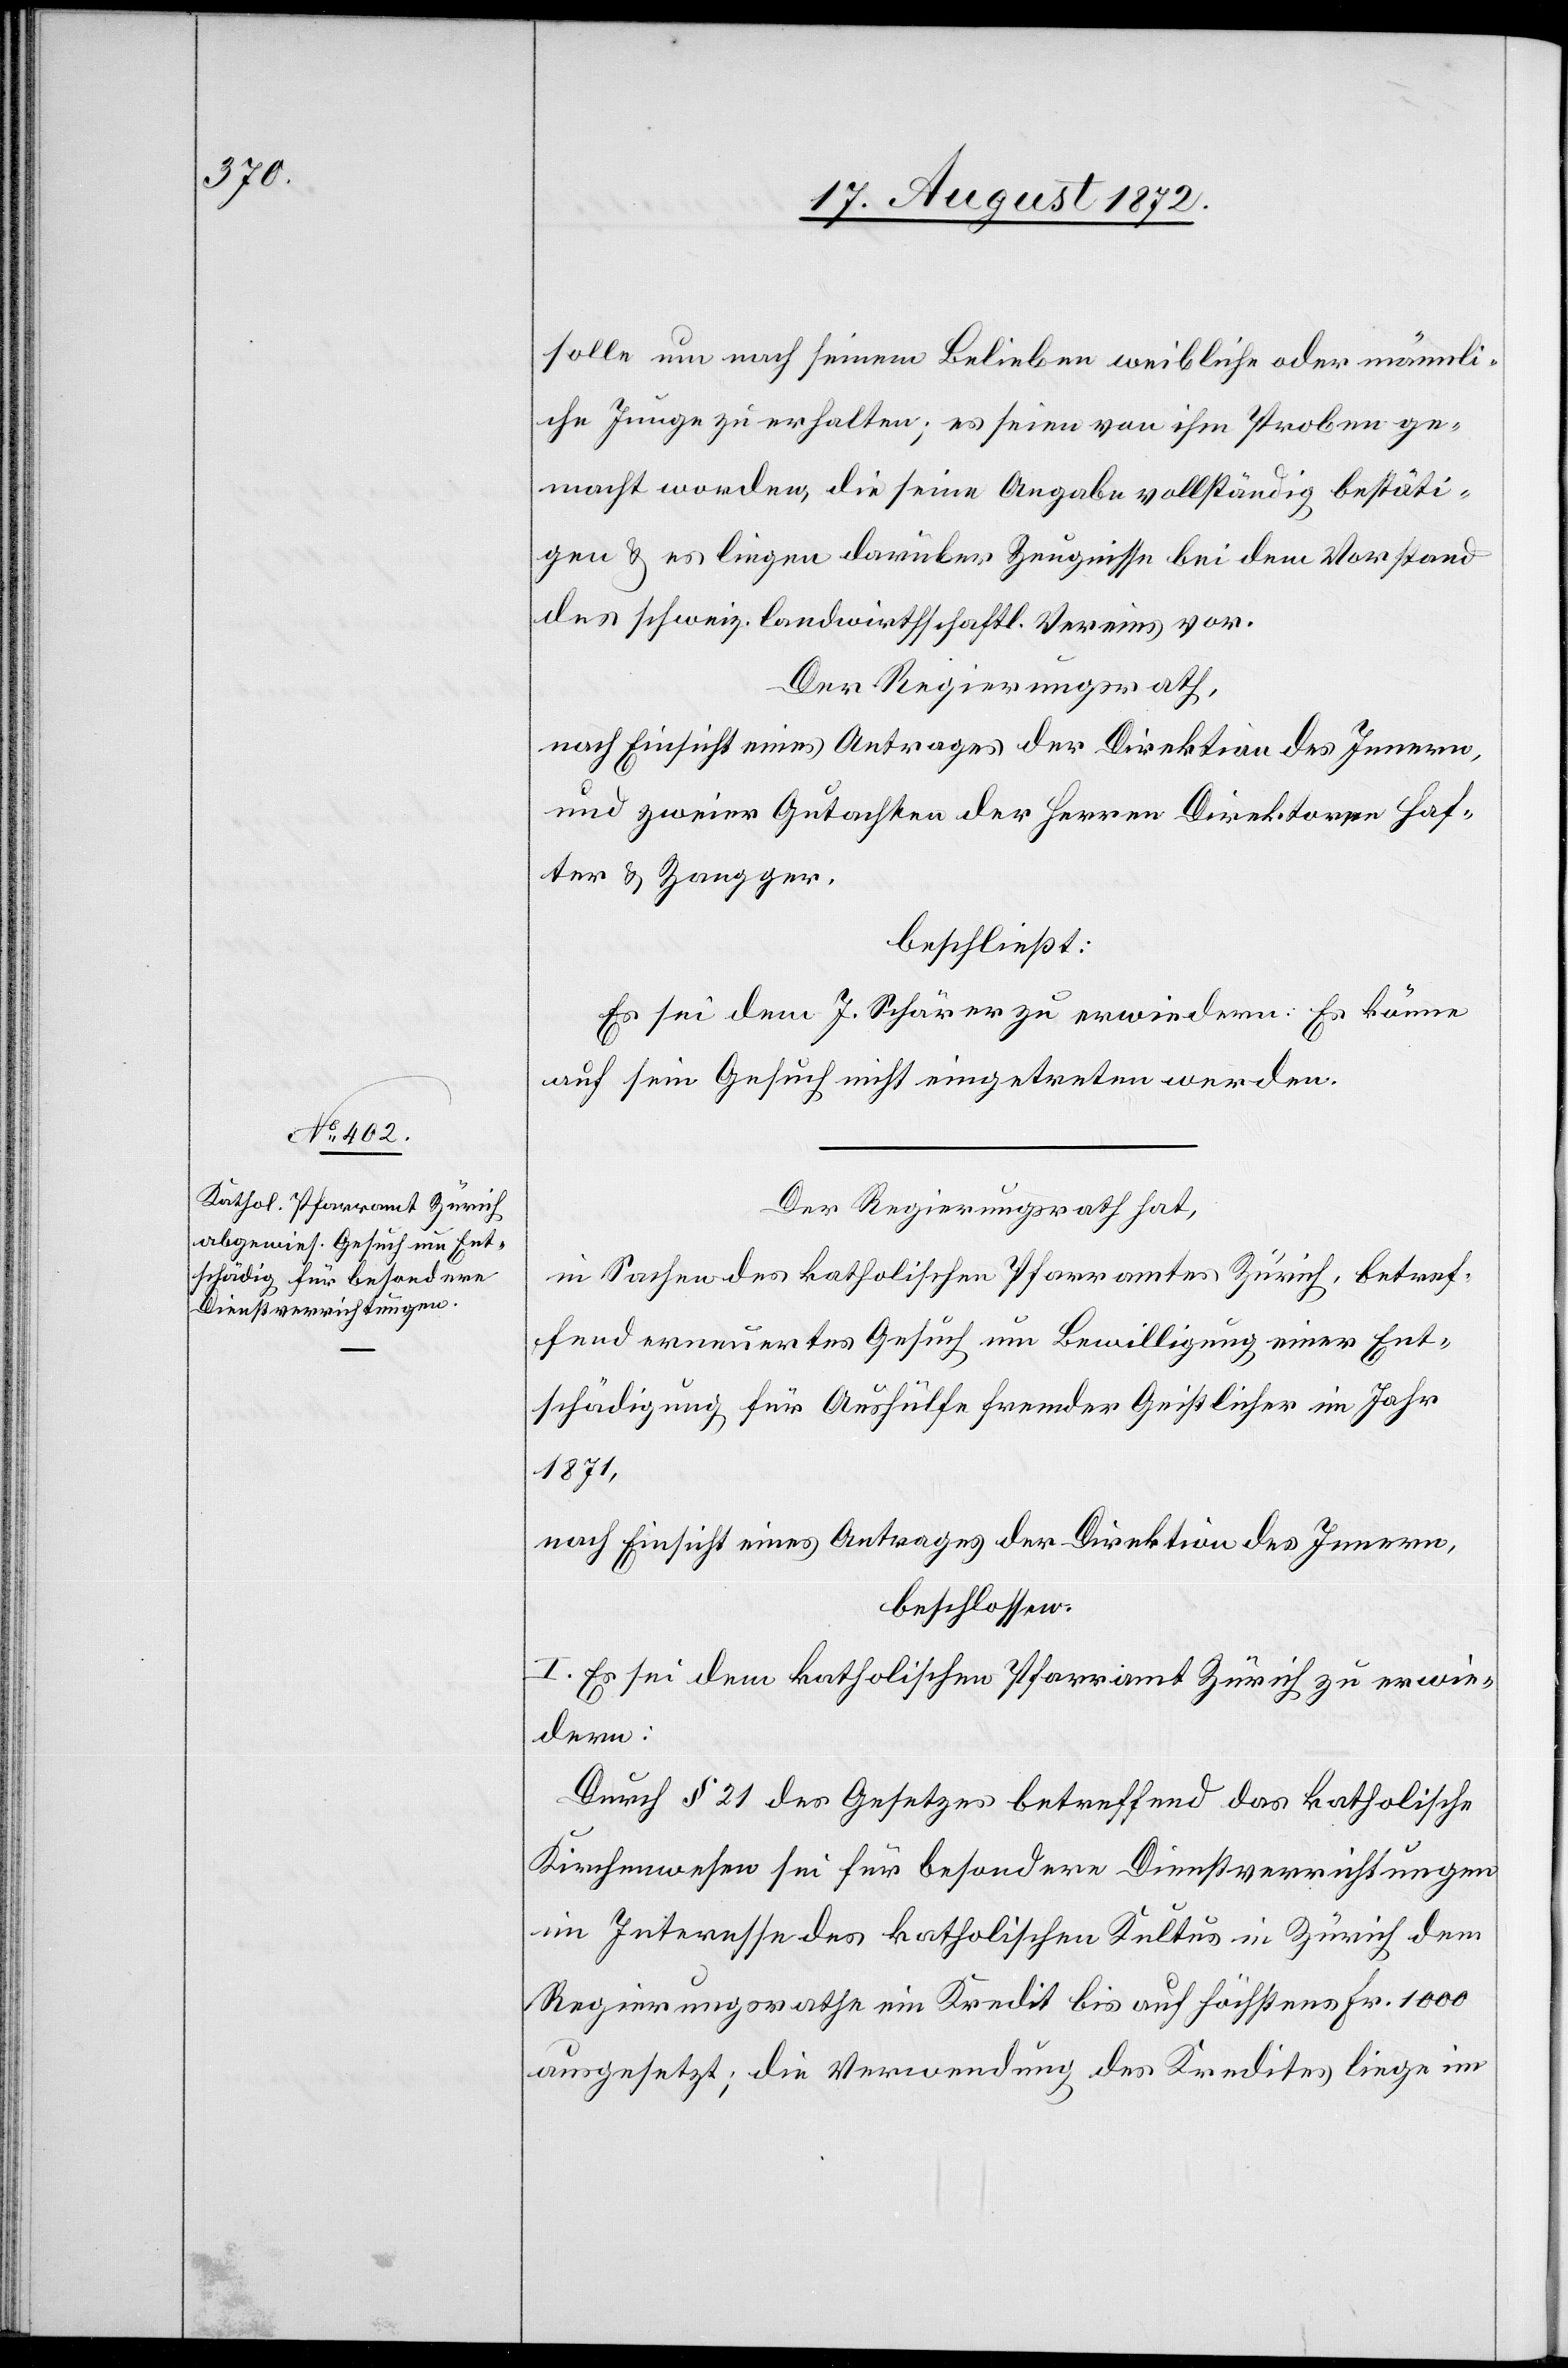
solle um nach seinem Belieben weibliche oder männli¬
che Junge zu erhalten; es seien von ihm Proben ge¬
macht worden, die seine Angabe vollständig bestäti¬
gen u. es liegen darüber Zeugnisse bei dem Vorstand
des schweiz. landwirthschaftl. Vereins vor.
Der Regierungsrath,
nach Einsicht eines Antrages der Direktion des Innern,
und zweier Gutachten der Herren Direktor Haf¬
ter u. Zangger.
beschließt:
Es sei dem J. Schärer zu erwiedern: Es könne
auf sein Gesuch nicht eingetreten werden.
Der Regierungsrath hat,
in Sache des katholischen Pfarramtes Zürich, betref¬
fend erneuertes Gesuch um Bewilligung einer Ent¬
schädigung für Aushülfe fremder Geistlicher im Jahr
1871,
nach Einsicht eines Antrages der Direktion des Innern,
beschlossen:
I. Es sei dem katholischen Pfarramt Zürich zu erwie¬
dern:
Durch § 21 des Gesetzes betreffend das katholische
Kirchenwesen sei für besondere Dienstverrichtungen
im Interesse des katholischen Kultus in Zürich dem
Regierungsrathe ein Kredit bis auf höchstens Fr. 1000
ausgesetzt; die Verwendung des Kredites liege im